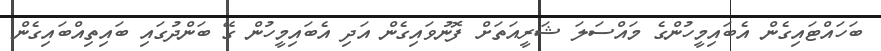
ބަހައްޓައިގެން އެބައިމީހުންގެ މައްސަލަ ޝަރީއަތަށް ފޮނުވައިގެން އަދި އެބައިމީހުން ގޭ ބަންދުގައި ބައިތިއްބައިގެން